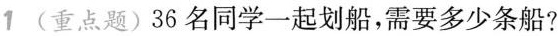
1 ( )36名同学一起划船，需要多少条船？